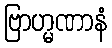
ဗြာဟ္မဏာနံ